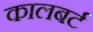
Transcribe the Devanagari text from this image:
कालबर्ट